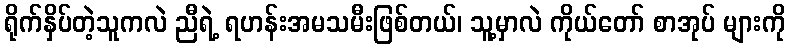
ရိုက်နှိပ်တဲ့သူကလဲ ညီရဲ့ ရဟန်းအမသမီးဖြစ်တယ်၊ သူ့မှာလဲ ကိုယ်တော် စာအုပ် များကို